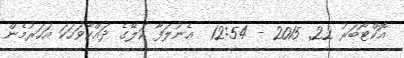
އޮކްޓޯބަރު 22